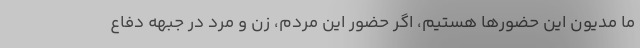
ما مدیون این حضورها هستیم، اگر حضور این مردم، زن و مرد در جبهه دفاع